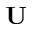
\mathbf { U }